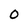
Character: 0